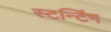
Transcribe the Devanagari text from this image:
स्टन्टिंग